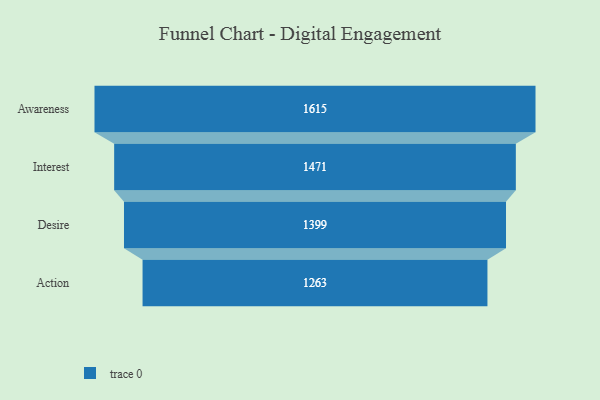
{"axis": {"x": "Stage", "y": "Value"}, "legend": [""], "data": [{"x": "Awareness", "y": 1615.0, "type": ""}, {"x": "Interest", "y": 1471.0, "type": ""}, {"x": "Desire", "y": 1399.0, "type": ""}, {"x": "Action", "y": 1263.0, "type": ""}]}